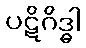
ပဋိဂိဒ္ဓါ